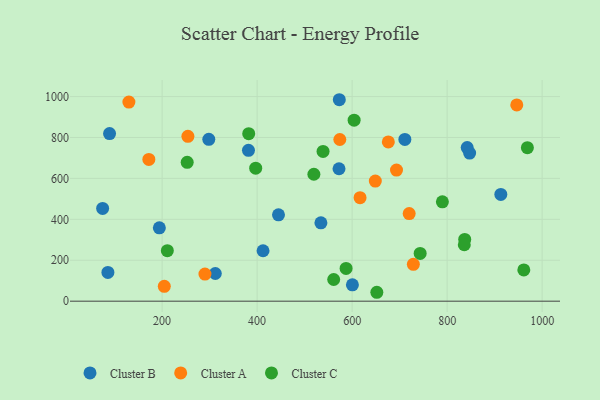
{"axis": {"x": "Speed", "y": "Salary"}, "legend": ["Cluster A", "Cluster B", "Cluster C"], "data": [{"x": "913.0", "y": 521.5, "type": "Cluster B"}, {"x": "445.0", "y": 422.0, "type": "Cluster B"}, {"x": "89.4", "y": 819.0, "type": "Cluster B"}, {"x": "572.4", "y": 647.1, "type": "Cluster B"}, {"x": "412.5", "y": 246.4, "type": "Cluster B"}, {"x": "842.2", "y": 750.7, "type": "Cluster B"}, {"x": "381.8", "y": 737.3, "type": "Cluster B"}, {"x": "534.3", "y": 382.9, "type": "Cluster B"}, {"x": "573.0", "y": 984.5, "type": "Cluster B"}, {"x": "312.0", "y": 135.2, "type": "Cluster B"}, {"x": "194.2", "y": 358.6, "type": "Cluster B"}, {"x": "711.0", "y": 790.3, "type": "Cluster B"}, {"x": "74.8", "y": 453.3, "type": "Cluster B"}, {"x": "600.6", "y": 79.9, "type": "Cluster B"}, {"x": "298.3", "y": 791.1, "type": "Cluster B"}, {"x": "847.3", "y": 723.9, "type": "Cluster B"}, {"x": "85.9", "y": 140.4, "type": "Cluster B"}, {"x": "204.6", "y": 72.4, "type": "Cluster A"}, {"x": "254.3", "y": 805.4, "type": "Cluster A"}, {"x": "648.8", "y": 586.8, "type": "Cluster A"}, {"x": "720.1", "y": 428.0, "type": "Cluster A"}, {"x": "172.1", "y": 692.7, "type": "Cluster A"}, {"x": "290.2", "y": 132.6, "type": "Cluster A"}, {"x": "574.1", "y": 790.1, "type": "Cluster A"}, {"x": "616.7", "y": 506.0, "type": "Cluster A"}, {"x": "130.1", "y": 972.8, "type": "Cluster A"}, {"x": "728.9", "y": 180.3, "type": "Cluster A"}, {"x": "946.6", "y": 958.9, "type": "Cluster A"}, {"x": "693.4", "y": 640.5, "type": "Cluster A"}, {"x": "676.2", "y": 778.2, "type": "Cluster A"}, {"x": "587.3", "y": 159.9, "type": "Cluster C"}, {"x": "837.0", "y": 301.8, "type": "Cluster C"}, {"x": "836.1", "y": 275.7, "type": "Cluster C"}, {"x": "397.0", "y": 650.2, "type": "Cluster C"}, {"x": "519.5", "y": 620.3, "type": "Cluster C"}, {"x": "968.9", "y": 750.1, "type": "Cluster C"}, {"x": "790.0", "y": 485.5, "type": "Cluster C"}, {"x": "538.8", "y": 731.6, "type": "Cluster C"}, {"x": "561.2", "y": 105.9, "type": "Cluster C"}, {"x": "743.2", "y": 233.5, "type": "Cluster C"}, {"x": "604.2", "y": 884.5, "type": "Cluster C"}, {"x": "652.0", "y": 43.5, "type": "Cluster C"}, {"x": "382.3", "y": 818.8, "type": "Cluster C"}, {"x": "211.0", "y": 247.0, "type": "Cluster C"}, {"x": "961.4", "y": 152.5, "type": "Cluster C"}, {"x": "252.8", "y": 678.6, "type": "Cluster C"}]}